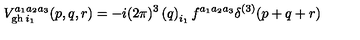
V _ { \mathrm { g h \thinspace } i _ { 1 } } ^ { a _ { 1 } a _ { 2 } a _ { 3 } } ( p , q , r ) = - i ( 2 \pi ) ^ { 3 } \left( q \right) _ { i _ { 1 } } f ^ { a _ { 1 } a _ { 2 } a _ { 3 } } \delta ^ { ( 3 ) } ( p + q + r )